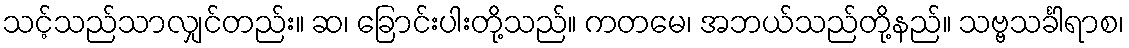
သင့်သည်သာလျှင်တည်း။ ဆ၊ ခြောင်းပါးတို့သည်။ ကတမေ၊ အဘယ်သည်တို့နည်။ သဗ္ဗသင်္ခါရာစ၊